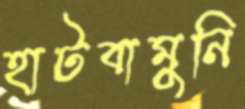
হাটবামুনি